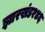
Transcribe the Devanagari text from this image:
झारखंड२४६